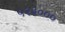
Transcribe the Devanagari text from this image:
५२३०००